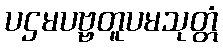
ပဌမပဗ္ဗတူပမသုတ္တံ